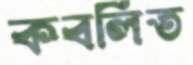
কবলিত